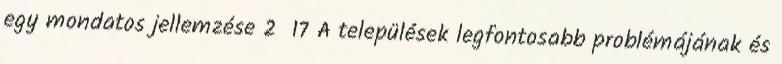
egy mondatos jellemzése 2 17 A települések legfontosabb problémájának és